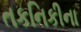
તકનિકીના